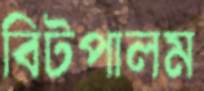
বিটপালম